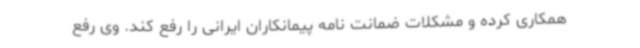
همکاری کرده و مشکلات ضمانت نامه پیمانکاران ایرانی را رفع کند. وی رفع